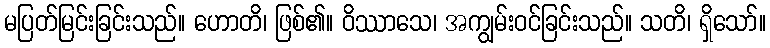
မပြတ်မြင်းခြင်းသည်။ ဟောတိ၊ ဖြစ်၏။ ဝိဿာသေ၊ အကျွမ်းဝင်ခြင်းသည်။ သတိ၊ ရှိသော်။